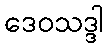
ဒေဝသဒ္ဒါ